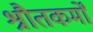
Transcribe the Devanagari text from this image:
श्रौतकर्मों